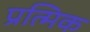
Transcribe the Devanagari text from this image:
प्रत्मिक